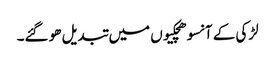
لڑکی کے آنسو ھچکیوں میں تبدیل ھو گئے۔